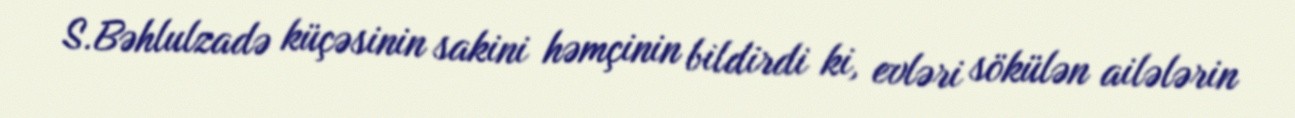
S.Bəhlulzadə küçəsinin sakini həmçinin bildirdi ki, evləri sökülən ailələrin